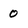
Character: 0